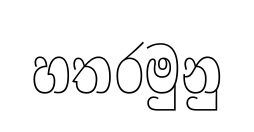
හතරමුනු